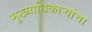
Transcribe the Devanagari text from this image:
मुख्याधिकार्‍यांचा